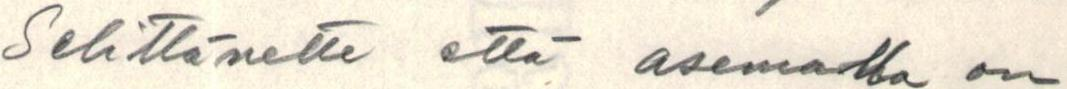
Selittänette että asemalla on